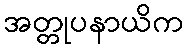
အတ္တုပနာယိက